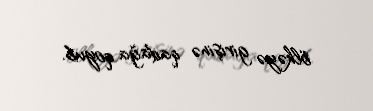
ölkəyə girişinə qadağa qoyub.